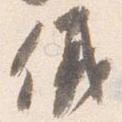
儀